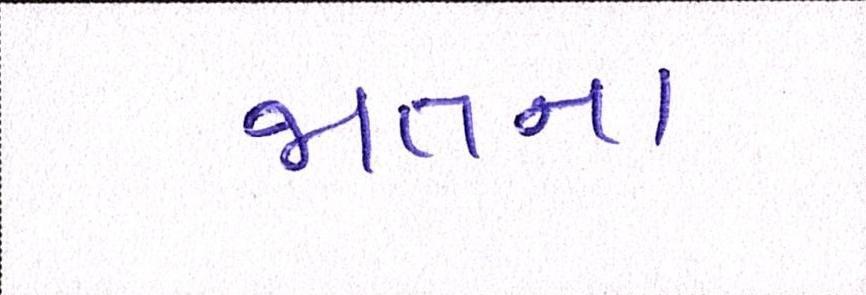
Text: જાતના